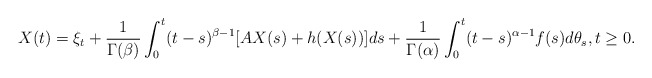
\begin{align*}X(t)=\xi_t+\frac{1}{\Gamma(\beta)}\int_0^t (t-s)^{\beta-1} [AX(s)+h(X(s))]ds+\frac{1}{\Gamma(\alpha)}\int_0^t (t-s)^{\alpha-1}f(s)d\theta_s, t\ge 0.\end{align*}